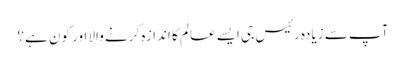
آپ سے زیادہ رئیس جی ایسے عالم کا اندازہ کرنے والا اور کون ہے؟